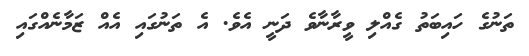
ތަނުގެ ހައިބަތު ގެއްލި ވީރާނާވެ ދަނީ އެވެ. އެ ތަނުގައި އެއް ޒަމާނެއްގައި